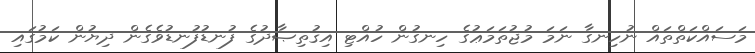
މަސައްކަތްތައް ނުހިނގާ ނަމަ މުޖުތަމަޢުގެ ހިނގުން ހުއްޓި އިޤުތިޞާދުގެ ފުނޑުފުނޑުވެގެން ދިޔުން ކަމުގައި